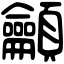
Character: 龥